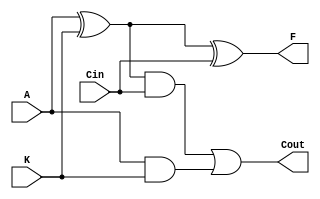
module f_add (
  input A, K, Cin,
  output Cout, F
);

  wire w1, w2, w3;

  // Sum
  xor U6A ( w1, A, K );
  xor U6B ( F, w1, Cin );

  // Cout
  and U7A ( w2, A, K );
  and U7B ( w3, w1, Cin );
  or U8A ( Cout, w3, w2 );
endmodule